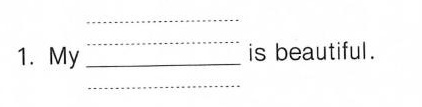
1.My ___ is beautiful.